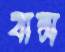
বাপ্স